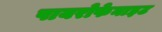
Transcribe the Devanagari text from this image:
पायरोफेनाइट